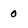
Character: 0